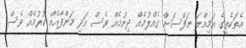
އެތަކެތީގެ އަމިއްލަ ނަފްސަށް ގެއްލުމެއް ދިނުމެއް ވެސް އަދި މަންފާއެއް ކުރުމެއް ވެސް